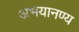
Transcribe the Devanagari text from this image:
अभयानण्‍य